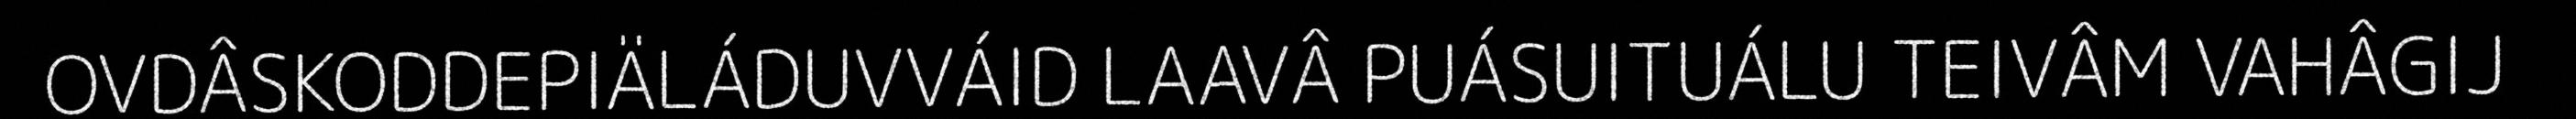
OVDÂSKODDEPIÄLÁDUVVÁID LAAVÂ PUÁSUITUÁLU TEIVÂM VAHÂGIJ